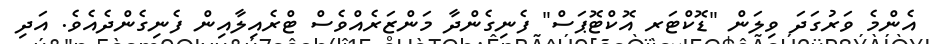
އެންމެ ވަރުގަދަ ވިލަން "ޑޮކްޓަރ އޮކްޓޮޕަސް" ފެނިގެންދާ މަންޒަރެއްވެސް ޓްރެއިލާއިން ފެނިގެންދެއެވެ. އަދި